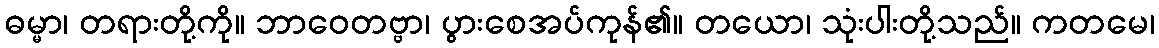
ဓမ္မာ၊ တရားတို့ကို။ ဘာဝေတဗ္ဗာ၊ ပွားစေအပ်ကုန်၏။ တယော၊ သုံးပါးတို့သည်။ ကတမေ၊